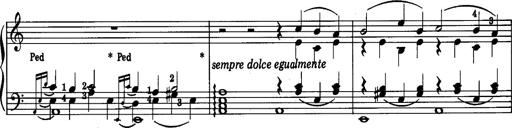
Title: La romanesca
Composer: Franz Liszt